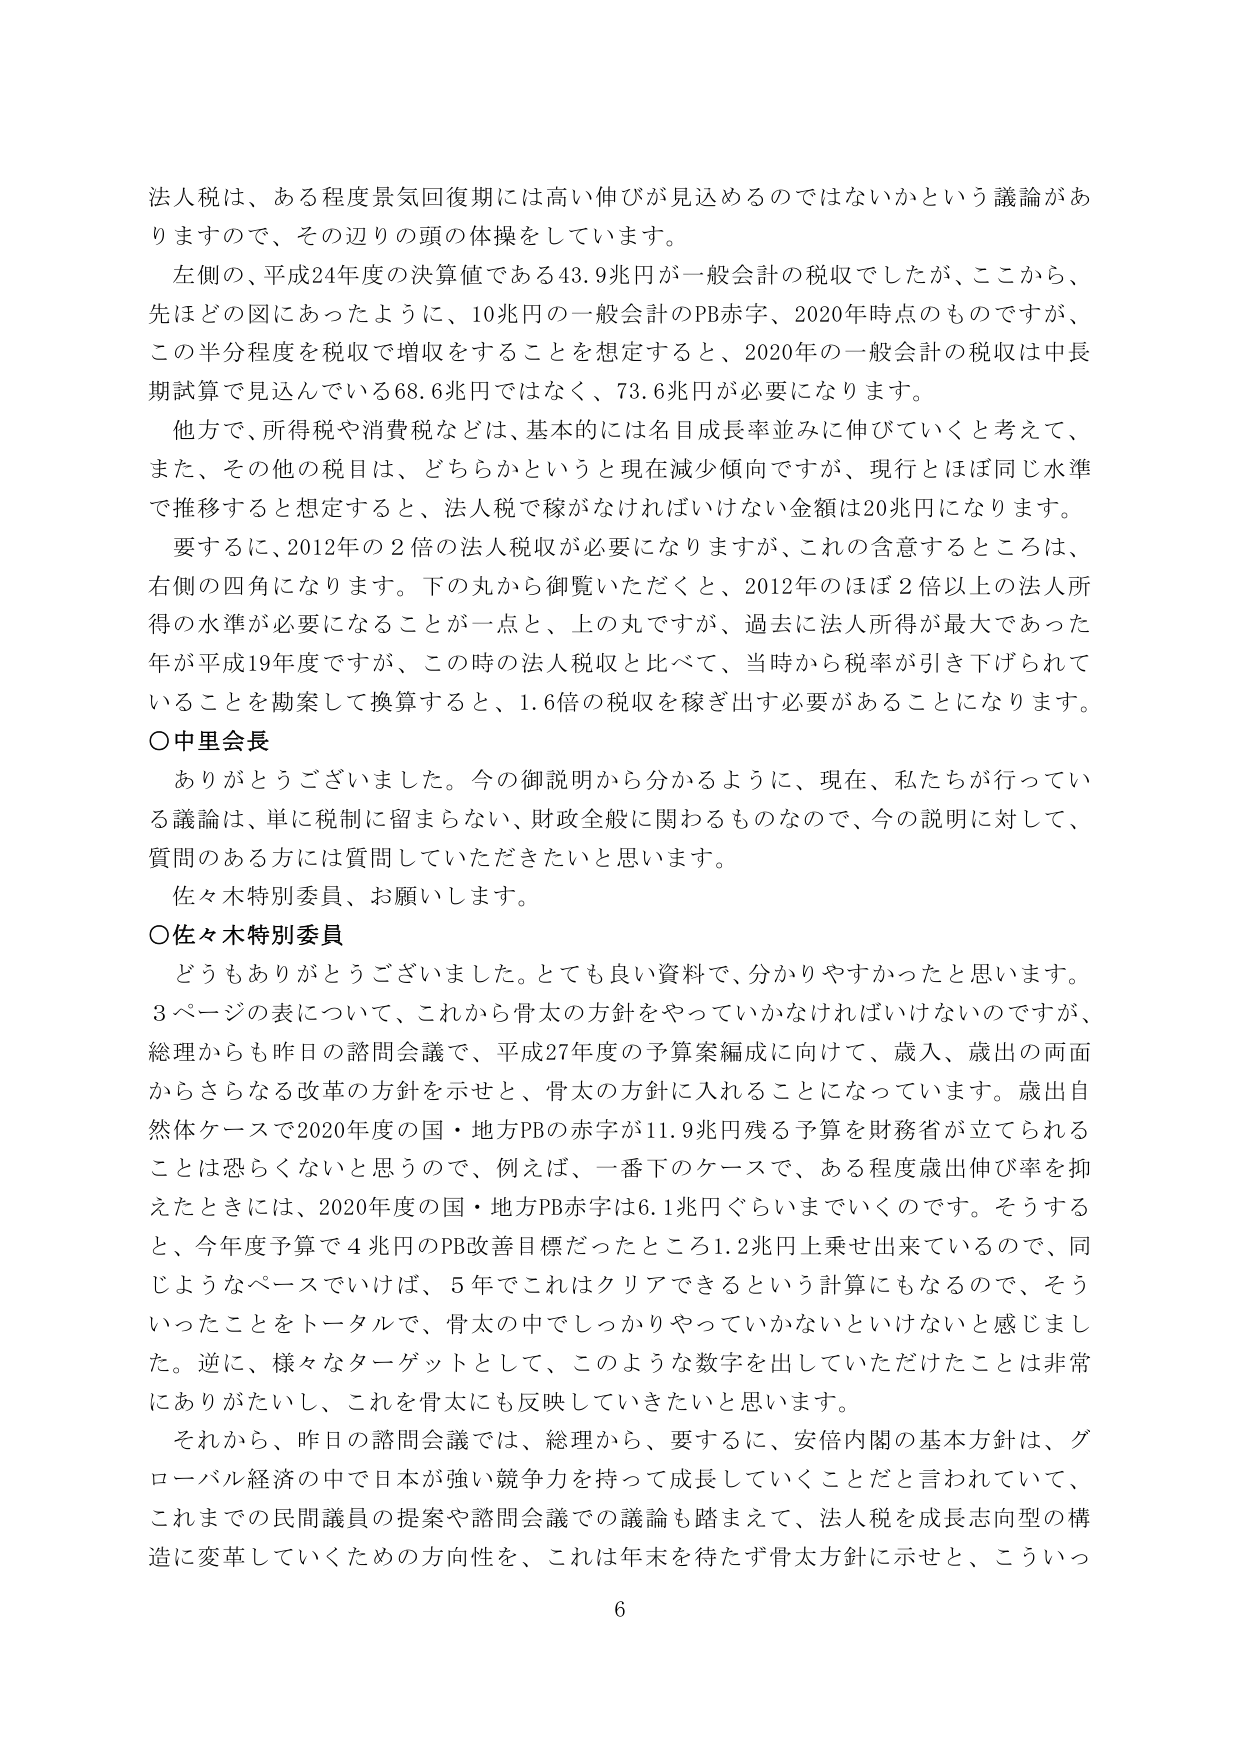
法人税は、ある程度景気回復期には高い伸びが見込めるのではないかという議論がありますので、その辺りの頭の体操をしています。

左側の、平成24年度の決算値である43.9兆円が一般会計の税収でしたが、ここから、先ほどの図にあったように、10兆円の一般会計のPB赤字、2020年時点のものですが、この半分程度を税収で増収することを想定すると、2020年の一般会計の税収は中長期試算で見込んでいる68.6兆円ではなく、73.6兆円が必要になります。

他方で、所得税や消費税などは、基本的には名目成長率並みに伸びていくと考えて、また、その他の税目は、どちらかというと現在減少傾向ですが、現行とほぼ同じ水準で推移すると想定すると、法人税で稼がなければならない金額は20兆円になります。

要するに、2012年の2倍の法人税収が必要になりますが、これの含意するところは、右側の四角になります。下の丸から御覧いただくと、2012年のほぼ2倍以上の法人所得の水準が必要になることが一点と、上の丸ですが、過去に法人所得が最大であった年が平成19年度ですが、この時の法人税収と比べて、当時から税率が引き下げられていることを勘案して換算すると、1.6倍の税収を稼ぎ出す必要があることになります。

○中里会長

ありがとうございました。今の御説明から分かるように、現在、私たちが行っている議論は、単に税制に留まらない、財政全般に関わるものなので、今の説明に対して、質問のある方には質問していただきたいと思います。

佐々木特別委員、お願いします。

○佐々木特別委員

どうもありがとうございました。とても良い資料で、分かりやすかったと思います。3ページの表について、これから骨太の方針をやっていかなければならないのですが、総理からも昨日の諮問会議で、平成27年度の予算案編成に向けて、歳入、歳出の両面からさらなる改革の方針を示せと、骨太の方針に入れる thing になっています。歳出自然体ケースで2020年度の国・地方PBの赤字が11.9兆円残る予算を財務省が立てられるとは恐らくないと思うので、例えば、一番下のケースで、ある程度歳出伸び率を抑えたときには、2020年度の国・地方PB赤字は6.1兆円ぐらいまでいくのです。そうすると、今年度予算で4兆円のPB改善目標だったところ1.2兆円上乗せ出来ているので、同じようなペースでいけば、5年でこれはクリアできるという計算にもなるので、そういったことをトータルで、骨太の中でしっかりやっていかないといけないと感じました。逆に、様々なターゲットとして、このような数字を出していただけたことは非常にありがたいし、これを骨太にも反映していきたいと思います。

それから、昨日の諮問会議では、総理から、要するに、安倍内閣の基本方針は、グローバル経済の中で日本が強い競争力を持って成長していくことだと言われていて、これまでの民間議員の提案や諮問会議での議論も踏まえて、法人税を成長志向型の構造に変革していくための方向性を、これは年末を待たず骨太方針に示せと、こういっ

6